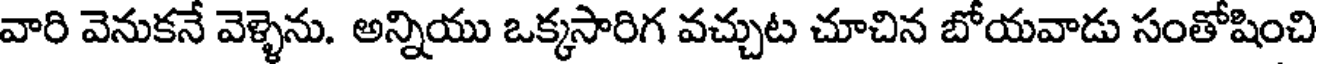
వారి వెనుకనే వెళ్ళెను. అన్నియు ఒక్కసారిగ వచ్చుట చూచిన బోయవాడు సంతోషించి